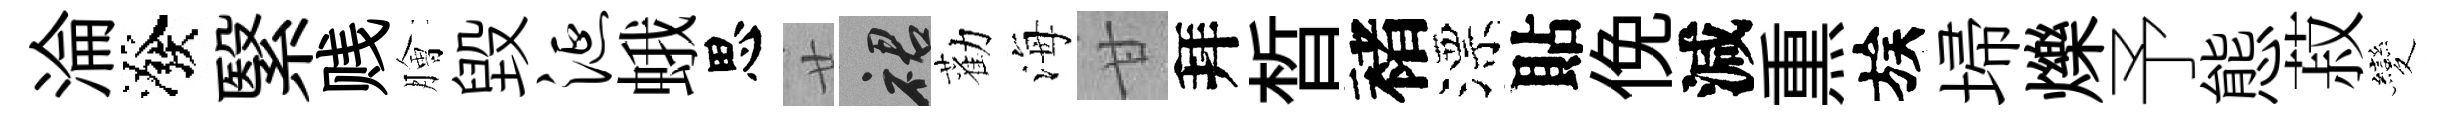
淪潑繄贱膾毁涎蛾思廿裙勸海甘拜晳褚漂貼俛減𤋱族埽爍予態菽變